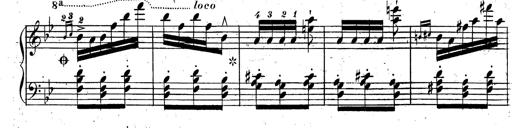
Title: Rondeau fantastique sur un thÃ¨me espagnol
Composer: Franz Liszt